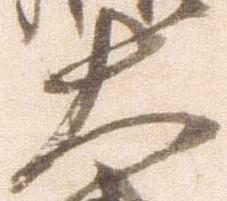
大